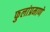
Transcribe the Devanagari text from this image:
फुलांप्रमाणे